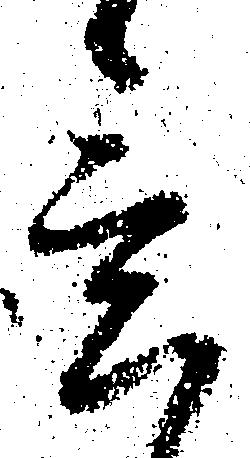
意